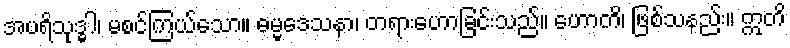
အပရိသုဒ္ဓါ၊ မစင်ကြယ်သော။ ဓမ္မဒေသနာ၊ တရားဟောခြင်းသည်။ ဟောတိ၊ ဖြစ်သနည်း။ ဣတိ